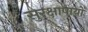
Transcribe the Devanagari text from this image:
सुरक्षापायों